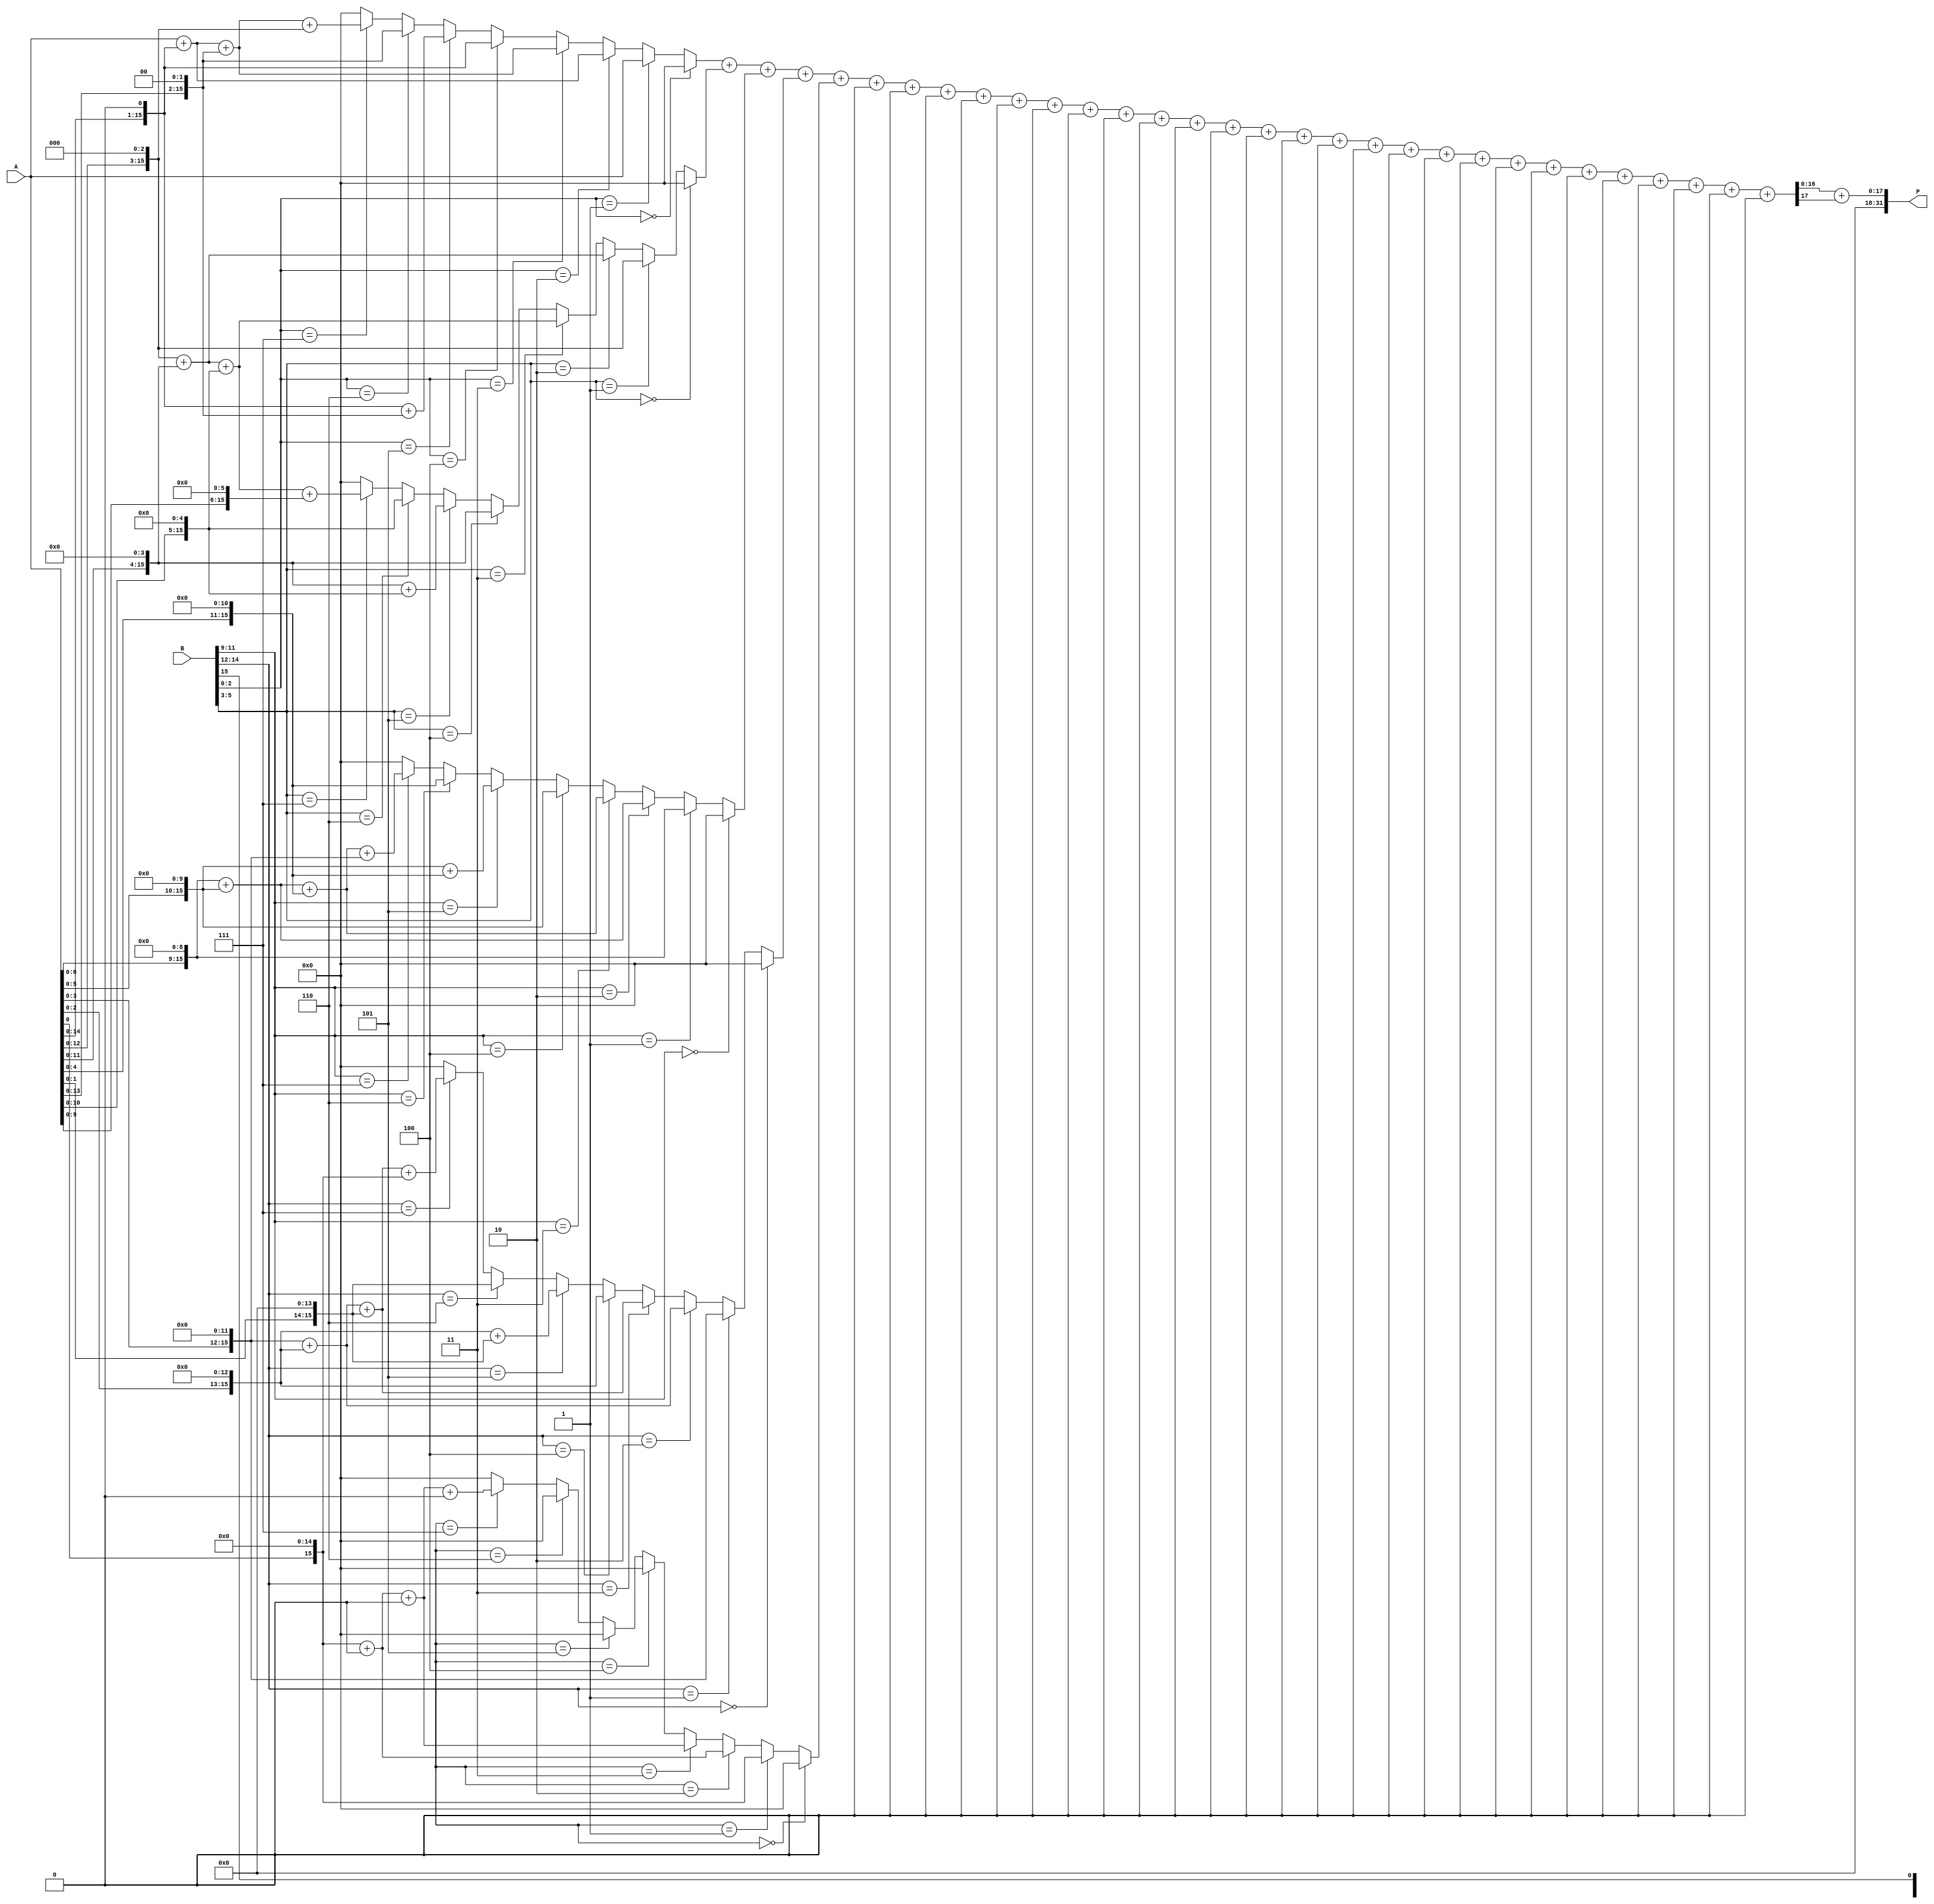
module radix8_wallace_tree_multiplier #(parameter N = 16) (
    input [N-1:0] A, // Multiplicand
    input [N-1:0] B, // Multiplier
    output [2*N-1:0] P // Product
);

    // Intermediate wires for partial products
    wire [N-1:0] pp[0:2**(N/3)-1]; // Array for partial products
    wire [N:0] sum[0:2**(N/3)-2]; // Array for sum outputs of CSAs
    wire [N-1:0] carry[0:2**(N/3)-2]; // Array for carry outputs of CSAs

    // Generate partial products for Radix-8
    genvar i, j;
    generate
        for (i = 0; i < 2**(N/3); i = i + 1) begin : partial_products
            assign pp[i] = (B[i*3 +: 3] == 3'b000) ? 0 :
                            (B[i*3 +: 3] == 3'b001) ? A << (i * 3) :
                            (B[i*3 +: 3] == 3'b010) ? (A << (i * 3)) + (A << (i * 3 + 1)) :
                            (B[i*3 +: 3] == 3'b011) ? (A << (i * 3)) + (A << (i * 3 + 1)) + (A << (i * 3 + 2)) :
                            (B[i*3 +: 3] == 3'b100) ? (A << (i * 3 + 1)) :
                            (B[i*3 +: 3] == 3'b101) ? (A << (i * 3 + 1)) + (A << (i * 3 + 2)) :
                            (B[i*3 +: 3] == 3'b110) ? (A << (i * 3 + 2)) :
                            (B[i*3 +: 3] == 3'b111) ? (A << (i * 3)) + (A << (i * 3 + 1)) + (A << (i * 3 + 2)) + (A << (i * 3 + 3)) : 0;
        end
    endgenerate

    // Carry-Save Adder implementation for levels of reduction
    generate
        for (j = 0; j < (2**(N/3)-1); j = j + 1) begin : CSA
            if (j == 0) begin
                assign {carry[j], sum[j]} = pp[0] + pp[1];
            end else if (j < (2**(N/3)-2)) begin
                assign {carry[j], sum[j]} = sum[j-1] + pp[j+2];
            end else begin
                assign P = sum[j-1] + carry[j-1];
            end
        end
    endgenerate

endmodule